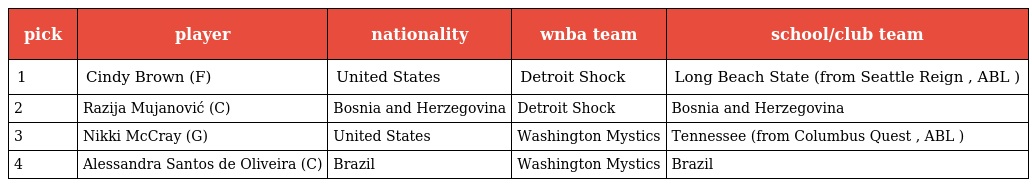
| pick | player | nationality | wnba team | school/club team |
 | --- | --- | --- | --- | --- |
 | 1 | Cindy Brown (F) | United States | Detroit Shock | Long Beach State (from Seattle Reign , ABL ) |
 | 2 | Razija Mujanović (C) | Bosnia and Herzegovina | Detroit Shock | Bosnia and Herzegovina |
 | 3 | Nikki McCray (G) | United States | Washington Mystics | Tennessee (from Columbus Quest , ABL ) |
 | 4 | Alessandra Santos de Oliveira (C) | Brazil | Washington Mystics | Brazil |